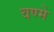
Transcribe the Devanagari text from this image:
वण्मे